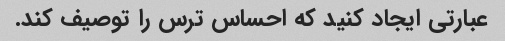
عبارتی ایجاد کنید که احساس ترس را توصیف کند.